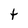
Character: t